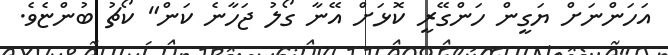
އަހަންނަށް ޔަގީން ހަންގޭރީ ކޮޅަށް އޭނާ ގޯލު ޖަހާނެ ކަން" ކޯޗު ބުންޏެވެ.